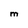
Character: M